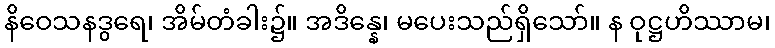
နိဝေသနဒွရေ၊ အိမ်တံခါး၌။ အဒိန္နေ၊ မပေးသည်ရှိသော်။ န ဝုဋ္ဌဟိဿာမ၊